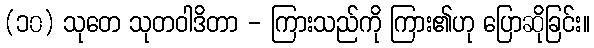
(၁၀) သုတေ သုတဝါဒိတာ - ကြားသည်ကို ကြား၏ဟု ပြောဆိုခြင်း။